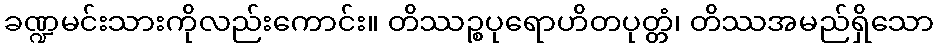
ခဏ္ဍမင်းသားကိုလည်းကောင်း။ တိဿဉ္စပုရောဟိတပုတ္တံ၊ တိဿအမည်ရှိသော